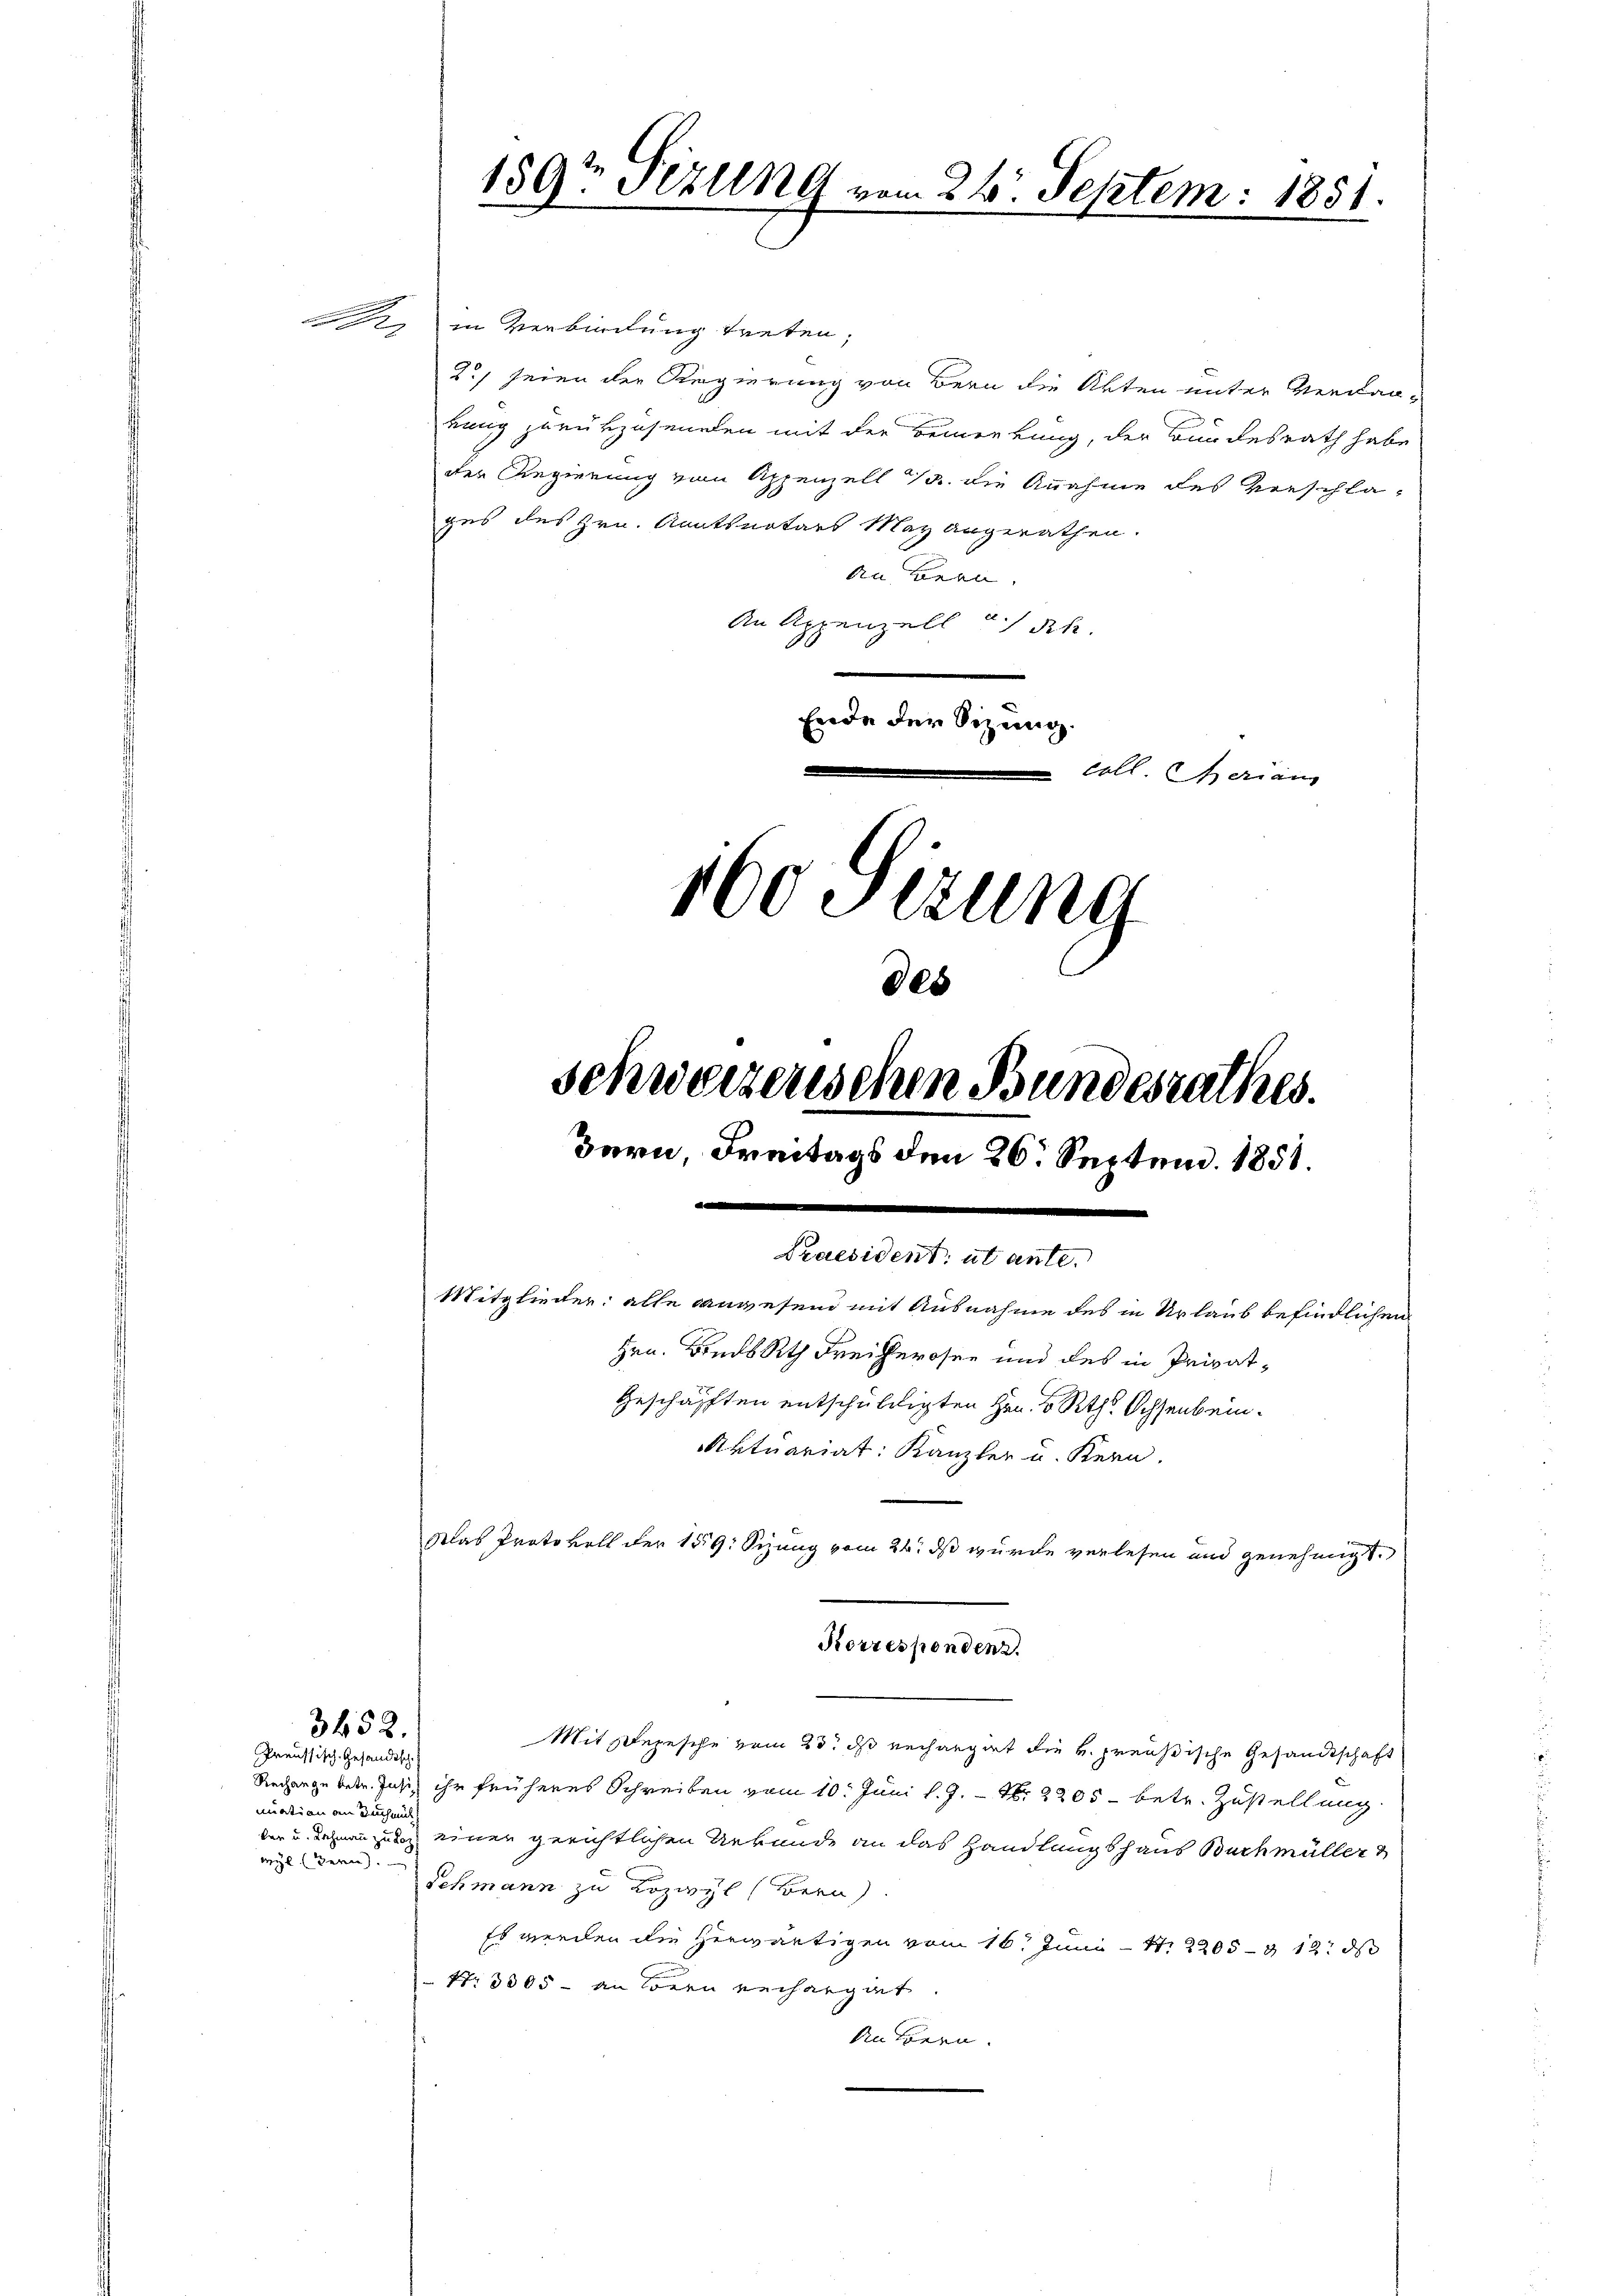
in Verbindung treten;
2) seien der Regierung von Bern die Akten unter Verdanbung zurückzusenden mit der Bemerkung, der Bundesrath habe
der Regierung vom Appenzell 1. die Annahme des Verschläges des Hrn. Kantsnotars May angerathen.
An Bran
An Appenzell u Sch
Ende der Sizung.
e
coll. Ferien
160 Stzung

3452.
Preussisch-Gesandtsch

189te Sizung vom 26. Septem. 1881.

es
schweizerischen Bundesrathes.
Bern, Freitags den 26. Septen. 1858.
.
Praesident, ut ante.
Mitglieder: alle Anwesend mit Ausnahme des in Urlaub befindlichen
Hrn. BindsRath Freiherosen und des in Privat¬
Geschäfften entschuldigten Hrn. v. Rth. Ochsenbeinktuariat: Kanzler u. Kern.
Was Protokoll der 159: Sizung vom 24. ds wurde verlesen und genehmigt.

Korrespondenz.

Mit Depesche vom 23. ds Rechangirt die H. Preußische Gesandtschaft
Rechargebeten Jasiz ihr früheres Schreiben vom 10. Juni l. J. – N. 2205 betr. Zustellung
nuation am Buch mit
der u. dehnenzung einer gerichtlichen Urkunde an das Handlungshaus Buchmüller &
wyl (Bern.
Schmann zu Kozwyl (Bern
Es werden die herwärtigen vom 16t Juni 12205—212. ds
N3005 - an Bern Recharget
Anhören.